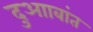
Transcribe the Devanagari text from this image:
दुआाबांत